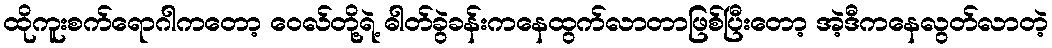
ထိုကူးစက်ရောဂါကတော့ ဝေလ်တို့ရဲ့ ဓါတ်ခွဲခန်းကနေထွက်လာတာဖြစ်ပြီးတော့ အဲ့ဒီကနေလွတ်လာတဲ့